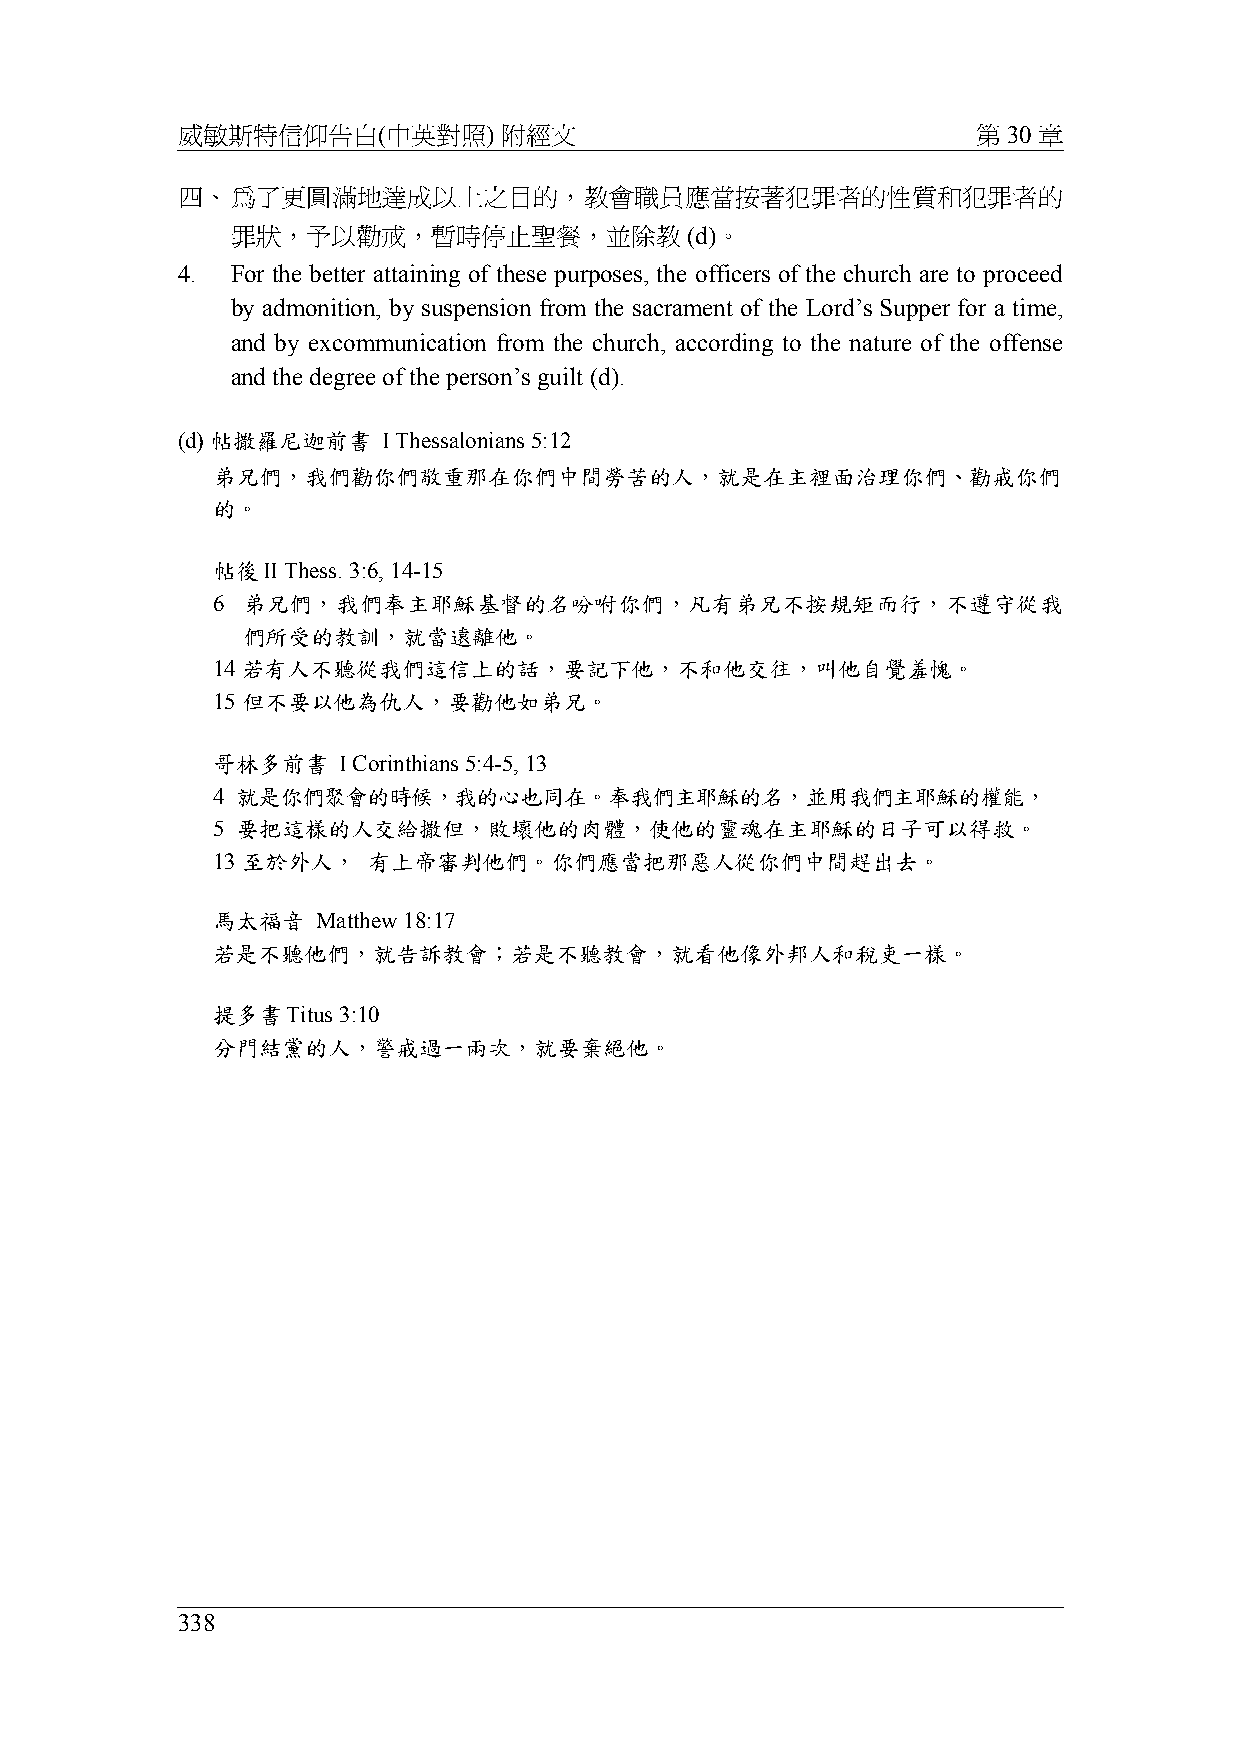
威敏斯特信仰告白(中英對照)       附經文                             第 30 章
 四、為了更圓滿地達成以上之目的，教會職員應當按著犯罪者的性質和犯罪者的
 罪狀，予以勸戒，暫時停止聖餐，並除教            (d)。
 4. For the better attaining of these purposes, the officers of the church are to proceed
 by admonition, by suspension from the sacrament of the Lord’s Supper for a time,
 and by excommunication from the church, according to the nature of the offense
 and the degree of the person’s guilt (d).
 (d) 帖撒羅尼迦前書  I Thessalonians 5:12
 弟兄們，我們勸你們敬重那在你們中間勞苦的人，就是在主裡面治理你們、勸戒你們
 的。
 帖後II Thess. 3:6, 14-15
 6 弟兄們，我們奉主耶穌基督的名吩咐你們，凡有弟兄不按規矩而行，不遵守從我
 們所受的教訓，就當遠離他。
 14 若有人不聽從我們這信上的話，要記下他，不和他交往，叫他自覺羞愧。
 15 但不要以他為仇人，要勸他如弟兄。
 哥林多前書   I Corinthians 5:4-5, 13
 4 就是你們聚會的時候，我的心也同在。奉我們主耶穌的名，並用我們主耶穌的權能，
 5 要把這樣的人交給撒但，敗壞他的肉體，使他的靈魂在主耶穌的日子可以得救。
 13 至於外人，  有上帝審判他們。你們應當把那惡人從你們中間趕出去。
 馬太福音   Matthew 18:17
 若是不聽他們，就告訴教會；若是不聽教會，就看他像外邦人和稅吏一樣。
 提多書Titus 3:10
 分門結黨的人，警戒過一兩次，就要棄絕他。
 338